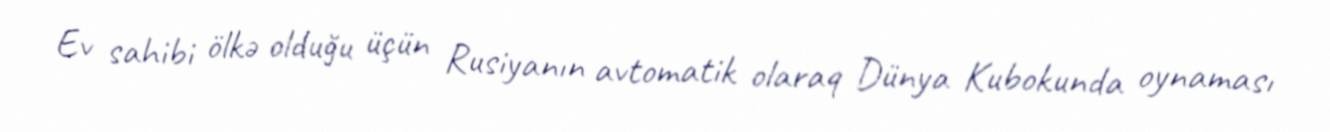
Ev sahibi ölkə olduğu üçün Rusiyanın avtomatik olaraq Dünya Kubokunda oynaması